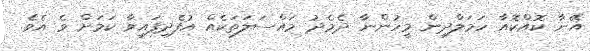
އޭނާ ކޮއްކޮއާ ހަމަލާދިން މީހުންނާ ދެމެދު މައްސަލަތަކެއް އުފެދިފައިވާ ކަމަށް ވެ އެވެ.